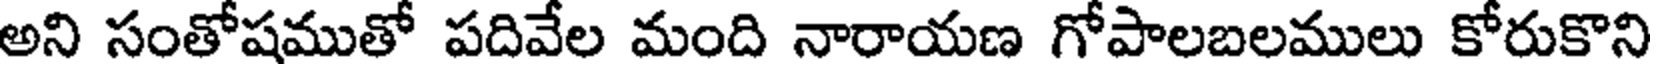
అని సంతోషముతో పదివేల మంది నారాయణ గోపాలబలములు కోరుకొని